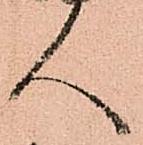
人